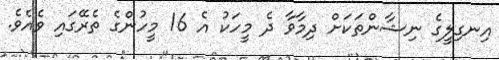
އިނގިލީގެ ނިޝާންތަކަށް ދިމާވާ ދެ މީހަކު އެ 16 މީހުންގެ ތެރޭގައި ވެއެވެ.